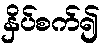
နှိပ်စက်၍